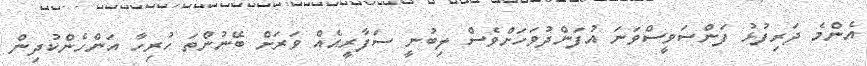
އެންމެ ދަރިފުޅު ފަންސަވީސްވަނަ އުފަންދުވަހަށްވެސް ލިބުނީ ސަފާރީއެއް ވަރަށް ބޭނުންތަ ހުރިހާ އަންހެންކުދިން